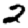
Digit: 2